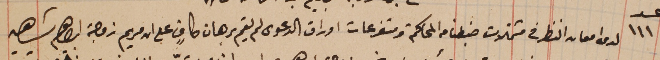
عدد ١١١ لدى امعان النظر فى مشتملات ضبطنا من المحاكم ومتفرعات اوراق الدعوى لم يقم برهان كافٍ على ان مريم زوجه شاهين